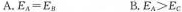
A.$$E_{ A } = E_{ B }$$ B.$$E_{ A } ＞ E_{ C }$$